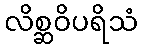
လိစ္ဆဝိပရိသံ